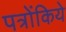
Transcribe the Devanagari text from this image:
पत्रोंकिये